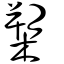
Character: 槊